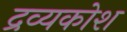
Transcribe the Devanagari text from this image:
द्रव्यकोश